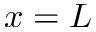
x = L